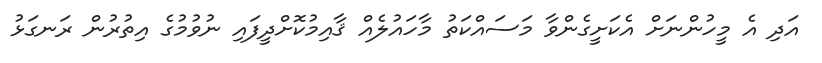
އަދި އެ މީހުންނަށް އެކަށީގެންވާ މަސައްކަތު މާހައުލެއް ޤާއިމުކޮށްދީފައި ނުވުމުގެ އިތުރުން ރަނގަޅު